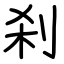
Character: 刹